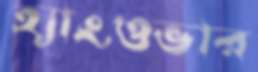
হ্যাংওভার